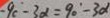
- 9 c - 3 \alpha = 9 0 ^ { \circ } - 3 \alpha